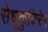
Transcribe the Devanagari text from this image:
सेधूकुकिरेन